Trukikaitis_Postimees, lk 33
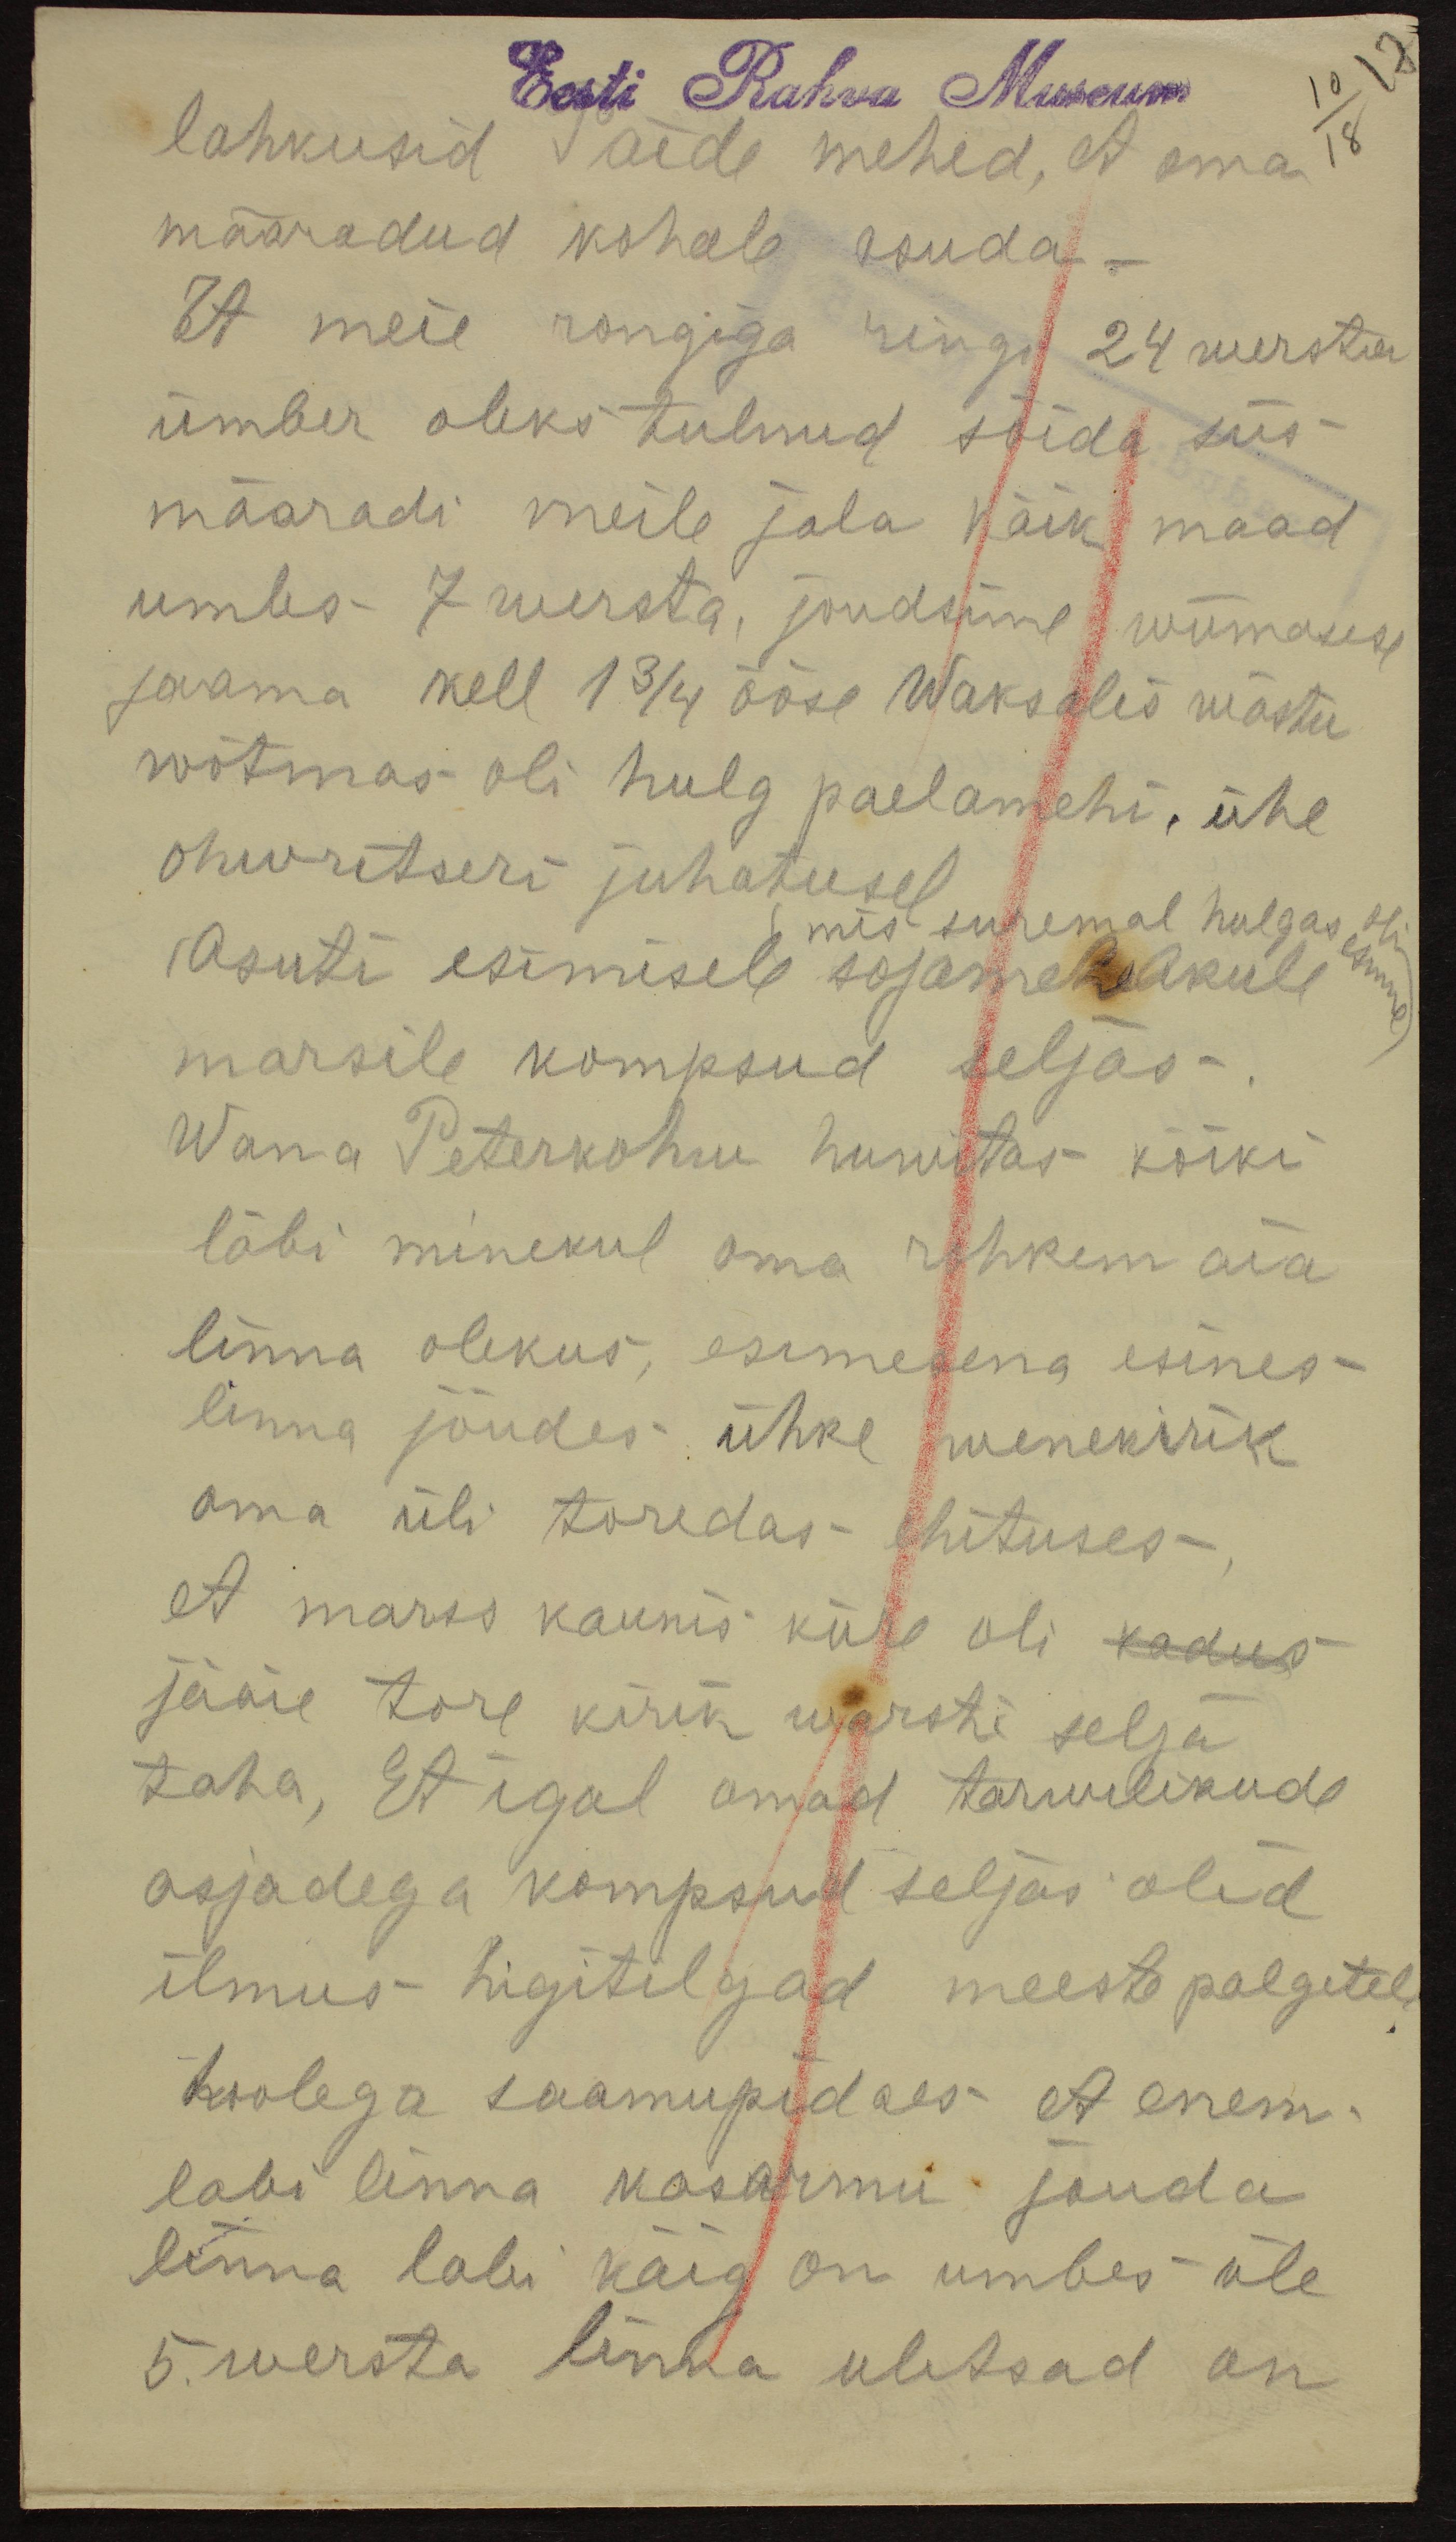
Eesti Rahva Museum
lahkusid Paide mehed, et oma
määradud kohale asuda -
Et meie rongiga ringi 24 wersta
ümber oleks tulnud sõida siis
määradi meile jala käik maad
umbs 7 wersta, jõudsime wiimasese
jaama kell 13/4 ööse Waksalis wästu
wõtmas oli hulg paelamehi, ühe
ohwritseri juhatusel
mis suremal hulgas esimese oli
Asuti esimisele sõjamehelikule
marsile kompsud seljas.
Wana Peterkohw huwitas kõiki
läbi minekul oma rohkem aia
linna olekus, esimesena esines
linna jõudes ühke wenekirik
oma üli toredas ehituses
et marss kaunis kiire oli kadus
jäme tore kirik warsti selja
taha, Et igal omad tarwulikude
asjadega kompsud seljas olid
ilmus higitilgad meeste palgetel
hoolega saamupidaes et enem,
labi linna kasarmu jõuda
linna labi käig on umbes üle
5. wersta linna ulitsad on